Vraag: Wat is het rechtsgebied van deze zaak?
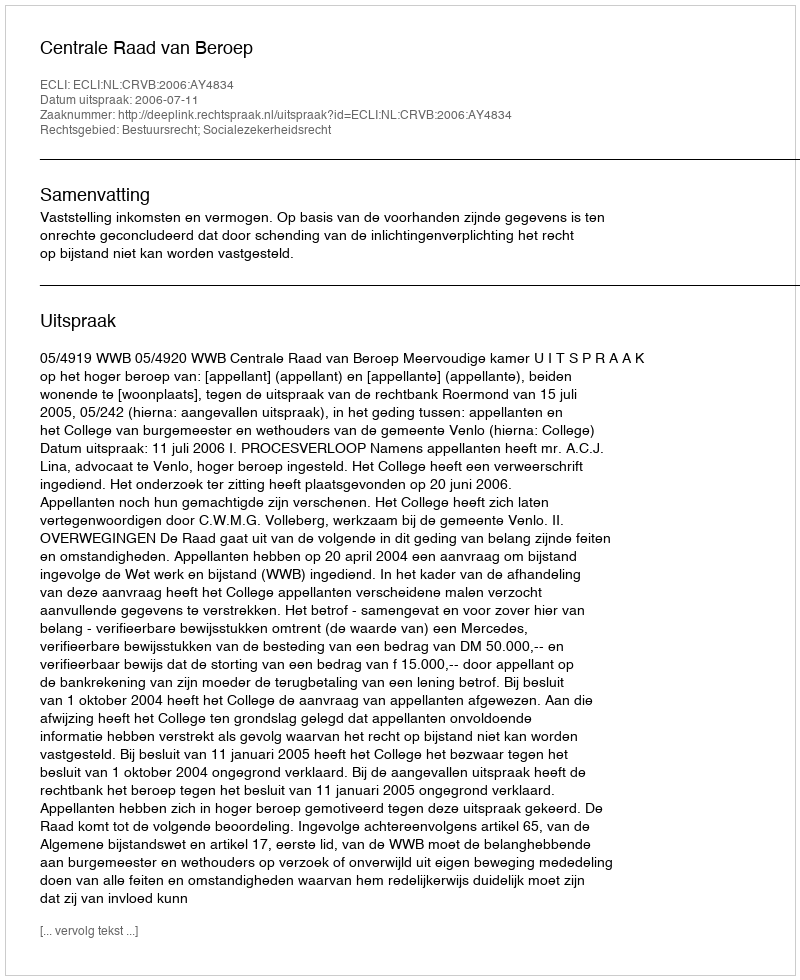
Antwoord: Bestuursrecht; Socialezekerheidsrecht